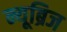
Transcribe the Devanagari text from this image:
न्यूब्रिज